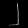
Digit: ၂